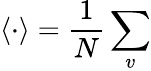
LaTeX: \langle\cdot\rangle=\frac{1}{N}\sum_{v}